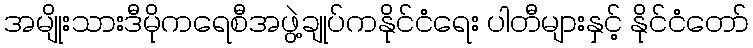
အမျိုးသားဒီမိုကရေစီအဖွဲ့ချုပ်ကနိုင်ငံရေး ပါတီများနှင့် နိုင်ငံတော်